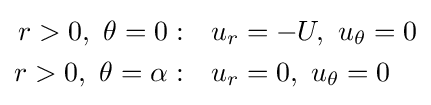
{\begin{aligned}r>0,\ \theta =0:&\quad u_{r}=-U,\ u_{\theta }=0\\r>0,\ \theta =\alpha :&\quad u_{r}=0,\ u_{\theta }=0\end{aligned}}